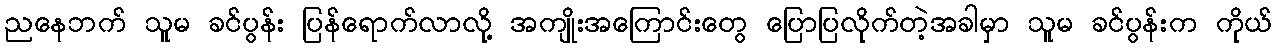
ညနေဘက် သူမ ခင်ပွန်း ပြန်ရောက်လာလို့ အကျိုးအကြောင်းတွေ ပြောပြလိုက်တဲ့အခါမှာ သူမ ခင်ပွန်းက ကိုယ်